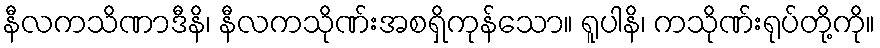
နီလကသိဏာဒီနိ၊ နီလကသိုဏ်းအစရှိကုန်သော။ ရူပါနိ၊ ကသိုဏ်းရုပ်တို့ကို။